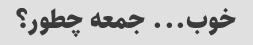
خوب... جمعه چطور؟